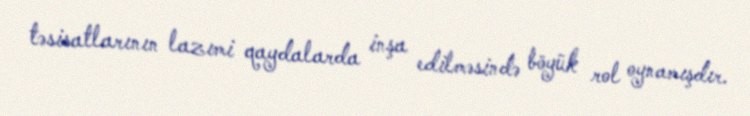
təsisatlarının lazımi qaydalarda inşa edilməsində böyük rol oynamışdır.